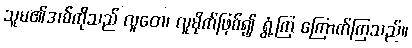
သူမ၏အစ်ကိုသည် လူတေ၊ လူမိုက်ဖြစ်၍ ရွံ့ကြ ကြောက်ကြသည်။